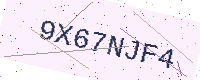
Text: 9X67NJF4